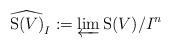
LaTeX: \begin{align*}\widehat{\mathrm{S}(V)}_I := \varprojlim \mathrm{S}(V)/I^n\end{align*}